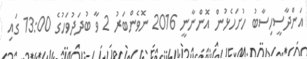
އަންދާސީހިސާބު ހުށަހެޅުން އޮންނާނީ 2016 ނޮވެންބަރު 2 ވާ ބުދަދުވަހުގެ 13:00 ގައި